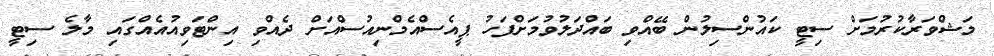
މަޝްވަރާކުރުމަށް ސިޓީ ކައުންސިލުން ބޭއްވި ބައްދަލުވުމަށްފަހު ޕީއެސްއެމްނިއުސްއަށް ދެއްވި އިންޓަވިއުއެއްގައި މާލެ ސިޓީ